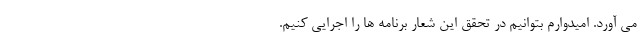
می آورد. امیدوارم بتوانیم در تحقق این شعار برنامه ها را اجرایی کنیم.